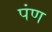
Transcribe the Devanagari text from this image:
पंण